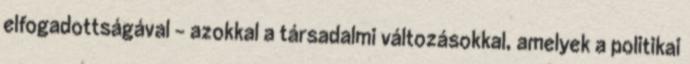
elfogadottságával – azokkal a társadalmi változásokkal, amelyek a politikai